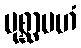
ပုစ္ဆာမဟံ